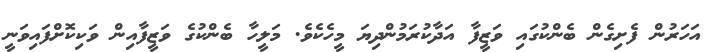
އަހަރުން ފެށިގެން ބެންކުގައި ވަޒީފާ އަދާކުރަމުންދިޔަ މީހެކެވެ. މަލީހާ ބެންކުގެ ވަޒީފާއިން ވަކިކޮށްފައިވަނީ